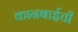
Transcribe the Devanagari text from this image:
कानबाईची